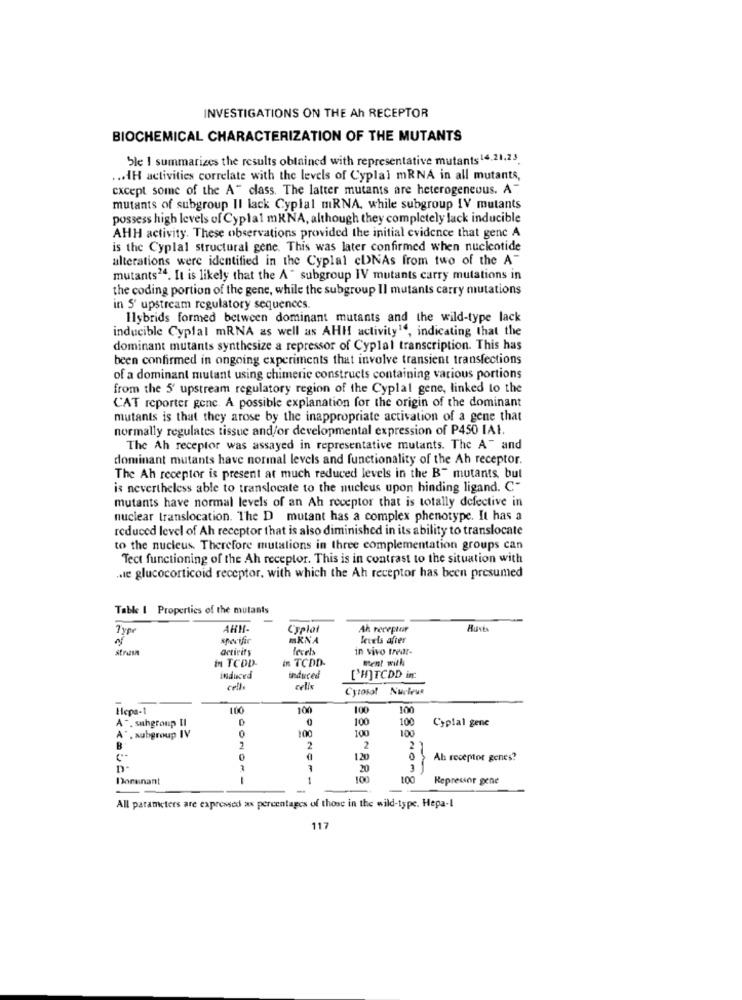
INVESTIGATIONS ON THE Ah RECEPTOR
BIOCHEMICAL CHARACTERIZATION OF THE MUTANTS
Sle 1 summarizes the results obtained with representative mutants 14,21,23.
... AH activities correlate with the levels of Cyplal mRNA in all mutants,
cxcept some of the A" class. The latter mutants are heterogeneous. A"
mutants of subgroup II lack Cyplal miRNA, while subgroup IV mutants
possess high levels of Cypla1 mRNA, although they completely lack inducible
AHH activity. These observations provided the initial evidence that genc A
is the Cyplal structural gene. This was later confirmed when nucleotide
alterations were identified in the Cyplal cUNAs from two of the A"
mutants24. It is likely that the A " subgroup IV mutants carry mutations in
the coding portion of the gene, while the subgroup Il mutants carry mutations
in S' upstream regulatory sequences.
Ilybrids formed between dominant mutants and the wild-type lack
inducible Cypfal mRNA as well as AHH activity14, indicating that the
dominant mutants synthesize a repressor of Cyplal transcription. This has
been confirmed in ongoing experiments that involve transient transfections
of a dominant mutant using chimeric constructs containing various portions
from the 5' upstream regulatory region of the Cyplal gene, linked to the
CAT reporter genc. A possible explanation for the origin of the dominant
mutants is that they arose by the inappropriate activation of a gene that
normally regulates tissue and/or developmental expression of P450 IAI.
The Ah receptor was assayed in representative mutants. The AT and
dominant mutants have normal levels and functionality of the Ah receptor.
The Ah receptor is present at much reduced levels in the B" mutants, but
is nevertheless able to translocate to the nucleus upon binding ligand. C-
mutants have normal levels of an Ah receptor that is totally defective in
nuclear translocation. The D mutant has a complex phenotype. It has a
reduced level of Ah receptor that is also diminished in its ability to translocate
to the nucleus. Therefore mutations in three complementation groups can
Tect functioning of the Ah receptor. This is in contrast to the situation with
.le glucocorticoid receptor, with which the Ah receptor has been presumed
Table 1 Properties of the mutants
Typ
AHH-
Cyplot
Ah receptor
specific
MRNA
levels after
activity
in vivo trear-
In TCDD-
in TCDD
ment with
induced
induced
[H]TCDD in.
celle
Cytosol Nucleus
Hepa-1
100
100
100
0
100
100
Cyplal gene
A ". suhgroup II
100
100
A" , subgroup IV
2
2
-
" -
0
=
Ah receptor genes?
20
Donnant
--
1
100
100
Repressor gene
All parameters are expressed ax percentages of those in the wild-type. Hepa-I
117